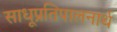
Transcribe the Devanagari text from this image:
साधूप्रतिपालनार्थ